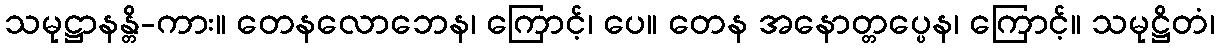
သမုဋ္ဌာနန္တိ-ကား။ တေနလောဘေန၊ ကြောင့်၊ ပေ။ တေန အနောတ္တပ္ပေန၊ ကြောင့်။ သမုဋ္ဌိတံ၊